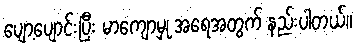
ပျော့ပျောင်းပြီး မာကျောမှု အရေအတွက် နည်းပါတယ်။